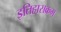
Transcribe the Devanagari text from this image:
इतिहासक्रम